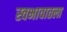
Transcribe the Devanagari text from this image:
स्वभावातला